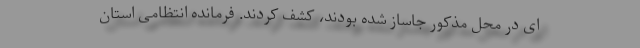
ای در محل مذکور جاساز شده بودند، کشف کردند. فرمانده انتظامی استان